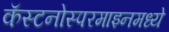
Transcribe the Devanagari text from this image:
कॅस्टनोस्परमाइनमध्ये